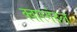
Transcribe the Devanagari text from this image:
क्वारगंदल